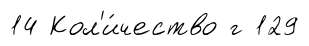
14 Кол'и́чество г 129